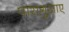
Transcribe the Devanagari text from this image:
पारागुआए